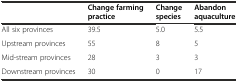
|  | Change farming practice | Change species | Abandon aquaculture |
 | --- | --- | --- | --- |
 | All six provinces | 39.5 | 5.0 | 5.5 |
 | Upstream provinces | 55 | 8 | 5 |
 | Mid-stream provinces | 28 | 3 | 3 |
 | Downstream provinces | 30 | 0 | 17 |